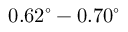
0 . 6 2 ^ { \circ } - 0 . 7 0 ^ { \circ }